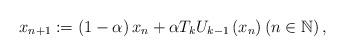
LaTeX: \begin{align*}x_{n+1} := \left(1-\alpha \right) x_n + \alpha T_k U_{k-1} \left(x_n \right) \left(n\in \mathbb{N} \right),\end{align*}